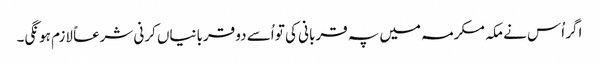
اگر اُس نے مکہ مکرمہ میں پہ قربانی کی تو اُسے دو قربانیاں کرنی شرعاً لازم ہونگی۔